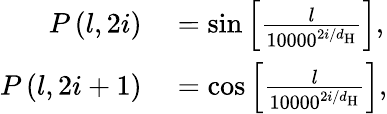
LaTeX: \begin{array}{rl}{P\left(l,2i\right)}&{{}=\mathrm{sin}\left[\frac{l}{10000^{2i/d_{\mathrm{H}}}}\right],}\\ {P\left(l,2i+1\right)}&{{}=\mathrm{cos}\left[\frac{l}{10000^{2i/d_{\mathrm{H}}}}\right],}\end{array}